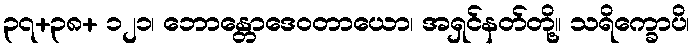
၃၇+၃၈+ ၁၂၁၊ ဘောန္တောဒေဝတာယော၊ အရှင်နတ်တို့။ သရိက္ခောပိ၊